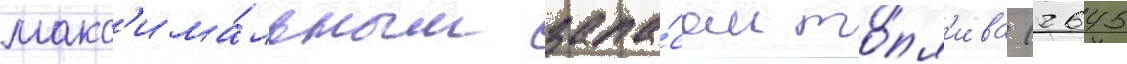
макс'има́льным запа́сом то́пл'ива (2645